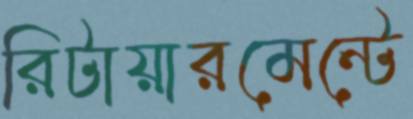
রিটায়ারমেন্টে